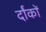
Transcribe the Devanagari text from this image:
र्दांकों